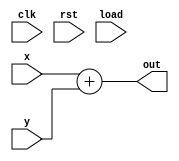
module adder (clk, rst, load, x, y, out);
    parameter integer WIDTH = 32;
    input clk, rst, load;
    input [WIDTH-1:0] x, y;
    //output reg [WIDTH-1:0] out;
    output [WIDTH-1:0] out;

    assign out = x + y;

endmodule